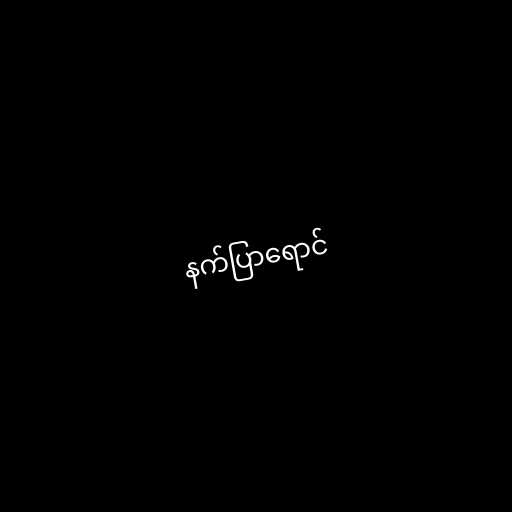
နက်ပြာရောင်